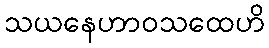
သယနေဟာဝသထေဟိ